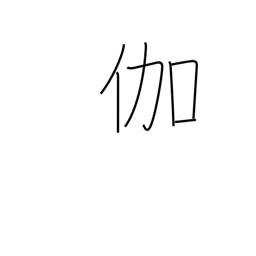
Meaning: nursing